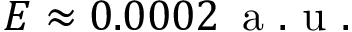
E \approx 0 . 0 0 0 2 \, \mathrm { ~ a ~ . ~ u ~ . ~ }